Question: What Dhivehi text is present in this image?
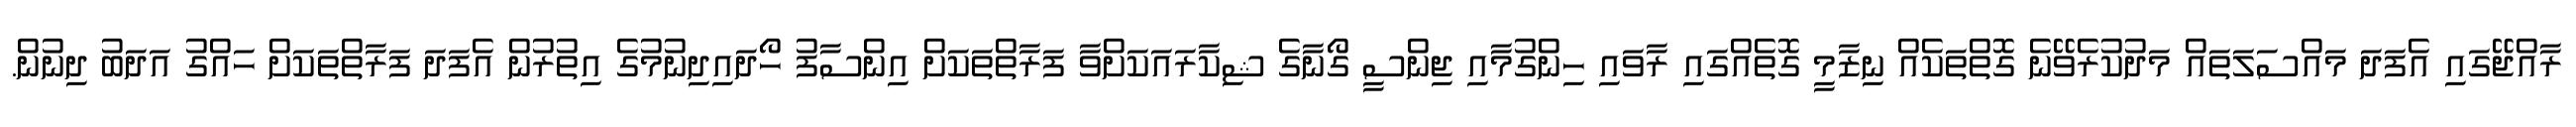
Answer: ރާއްޖޭގައި އެފަދަ މައްސަލަތައް މަދުކުރެވޭނެ ގޮތްތަކެއް ނިޒާމީ ގޮތެއްގައި ރާވައި ހިންގުމާއި ޖިންސީ ގޯނާގެ ޝިކާރައަކަށްވާ ފަރާތްތަކަށް އިންސާފު ހޯދައިދިނުމުގެ އިތުރުން އެފަދަ ފަރާތްތަކަށް ހައްގު އަދަބު ދިނުން.